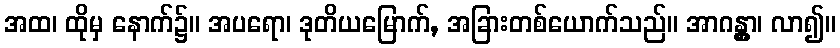
အထ၊ ထိုမှ နောက်၌။ အပရော၊ ဒုတိယမြောက်, အခြားတစ်ယောက်သည်။ အာဂန္တွာ၊ လာ၍။